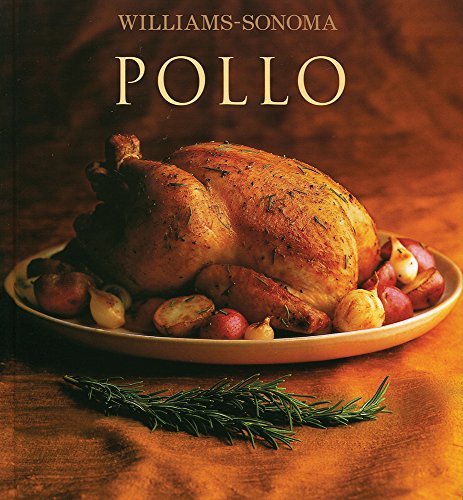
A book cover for Pollo (Chicken, Spanish Edition); Cookbooks, Food & Wine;